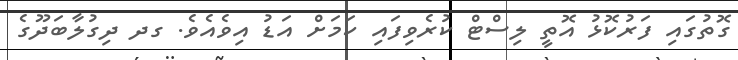
ގޮތުގައި ފަރުކޮޅު އޮތީ ލިސްޓް ކުރެވިފައި ކަމަށް އަޑު އިވެއެވެ. ގދ ދިގުލާބަދޫގެ